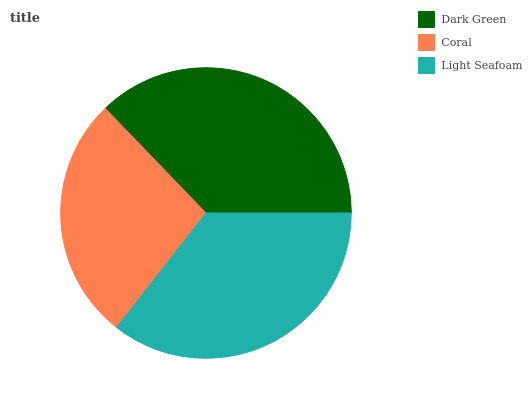
| Dark Green | Coral | Light Seafoam |
 | --- | --- | --- |
 | 37.3% | 27.2% | 35.5% |